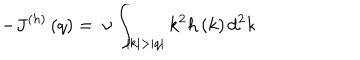
- J ^ { ( h ) } \left( q \right) = ~ \nu \int _ { | k | > | q | } { k ^ { 2 } h \left( k \right) d ^ { 2 } k }